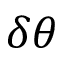
\delta \theta